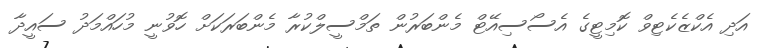
އަދި އެކްޒެކެޓިވް ކޮމިޓީގެ އެސޯސިއޭޓް މެންބަރުން ތަމްސީލްކުރާ މެންބަރަކަށް ހޮވުނީ މުހައްމަދު ސައީދާ